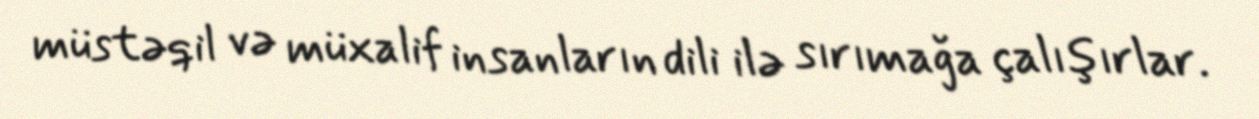
müstəqil və müxalif insanların dili ilə sırımağa çalışırlar.